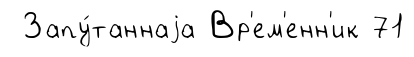
Запу́таннаjа Вр'ем'енн'ик 71